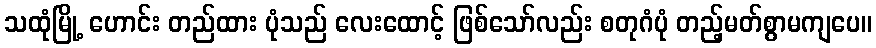
သထုံမြို့ ဟောင်း တည်ထား ပုံသည် လေးထောင့် ဖြစ်သော်လည်း စတုဂံပုံ တည့်မတ်စွာမကျပေ။